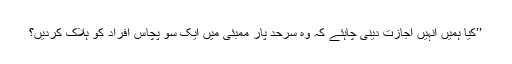
’’کیا ہمیں اُنہیں اجازت دینی چاہئے کہ وہ سرحد پار ممبئی میں ایک سو پچاس افراد کو ہلاک کردیں؟